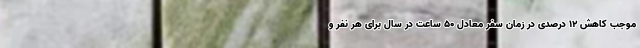
موجب کاهش ۱۲ درصدی در زمان سفر معادل ۵۰ ساعت در سال برای هر نفر و